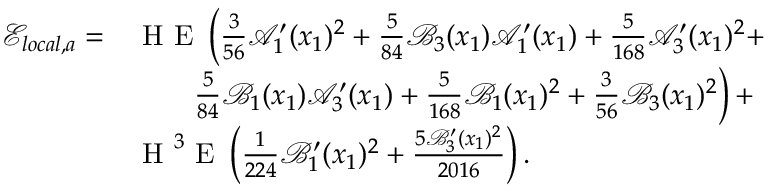
\begin{array} { r l } { \mathcal { E } _ { l o c a l , a } = } & { \textup { H E } \left( \frac { 3 } { 5 6 } \mathcal { A } _ { 1 } ^ { \prime } ( x _ { 1 } ) ^ { 2 } + \frac { 5 } { 8 4 } \mathcal { B } _ { 3 } ( x _ { 1 } ) \mathcal { A } _ { 1 } ^ { \prime } ( x _ { 1 } ) + \frac { 5 } { 1 6 8 } \mathcal { A } _ { 3 } ^ { \prime } ( x _ { 1 } ) ^ { 2 } + \right. } \\ & { \ \ \ \ \ \ \left. \frac { 5 } { 8 4 } \mathcal { B } _ { 1 } ( x _ { 1 } ) \mathcal { A } _ { 3 } ^ { \prime } ( x _ { 1 } ) + \frac { 5 } { 1 6 8 } \mathcal { B } _ { 1 } ( x _ { 1 } ) ^ { 2 } + \frac { 3 } { 5 6 } \mathcal { B } _ { 3 } ( x _ { 1 } ) ^ { 2 } \right) + } \\ & { \textup { H } ^ { 3 } \textup { E } \left( \frac { 1 } { 2 2 4 } \mathcal { B } _ { 1 } ^ { \prime } ( x _ { 1 } ) ^ { 2 } + \frac { 5 \mathcal { B } _ { 3 } ^ { \prime } ( x _ { 1 } ) ^ { 2 } } { 2 0 1 6 } \right) . } \end{array}